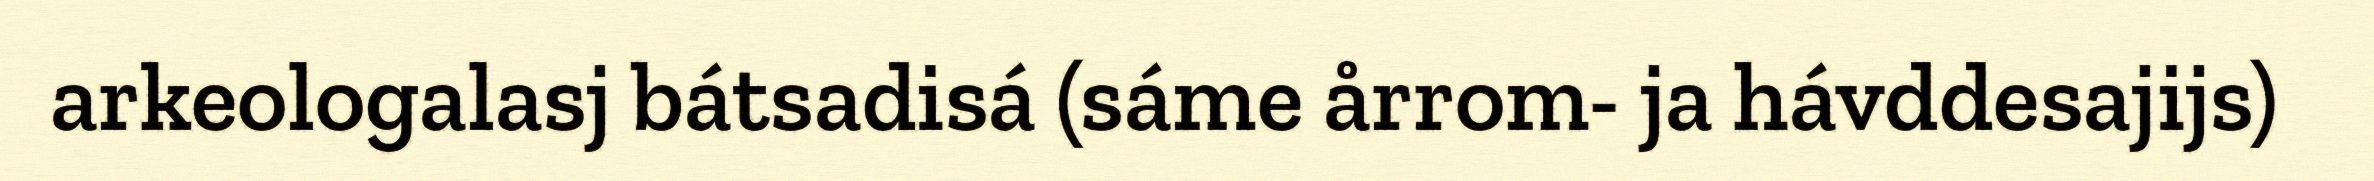
arkeologalasj bátsadisá (sáme årrom- ja hávddesajijs)